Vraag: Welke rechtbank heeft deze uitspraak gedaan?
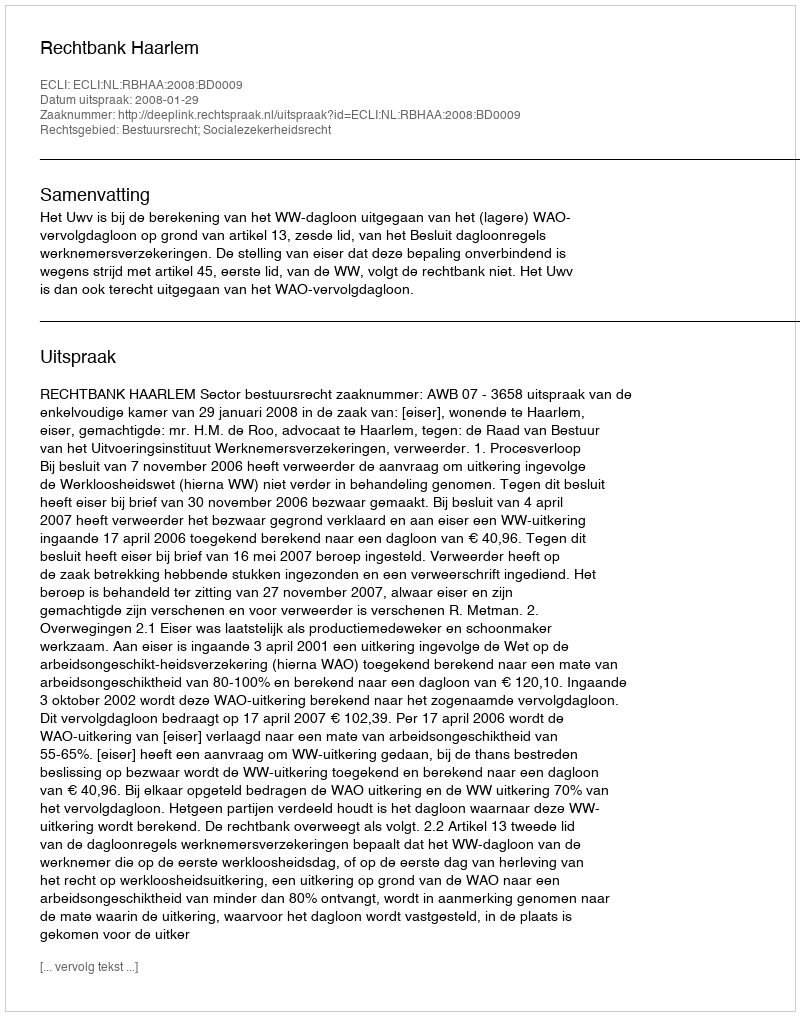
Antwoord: Rechtbank Haarlem